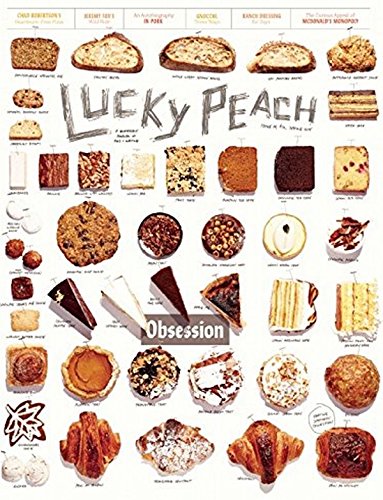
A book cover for Lucky Peach Issue 14; Cookbooks, Food & Wine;